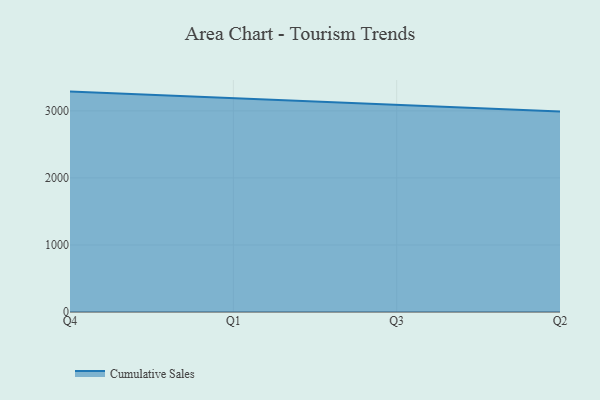
{"axis": {"x": "Quarter", "y": "Conversion Rate (%)"}, "legend": ["Cumulative Sales"], "data": [{"x": "Q4", "y": 3287.2, "type": "Cumulative Sales"}, {"x": "Q1", "y": 3191.1, "type": "Cumulative Sales"}, {"x": "Q3", "y": 3087.0, "type": "Cumulative Sales"}, {"x": "Q2", "y": 2991.3, "type": "Cumulative Sales"}]}